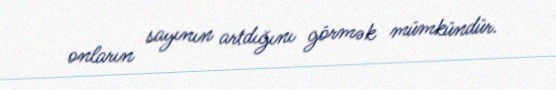
onların sayının artdığını görmək mümkündür.